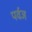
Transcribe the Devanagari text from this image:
पर्वज